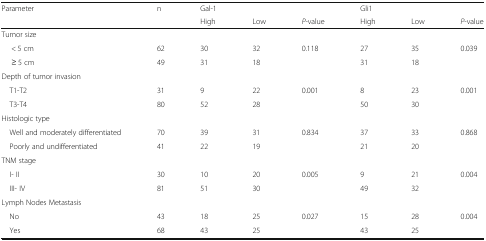
<table><thead><tr><td><b>Parameter</b></td><td><b>n</b></td><td><b>Gal-1</b></td><td></td><td></td><td><b>Gli1</b></td><td></td><td></td></tr><tr><td></td><td></td><td><b>High</b></td><td><b>Low</b></td><td><b><i>P</i>-value</b></td><td><b>High</b></td><td><b>Low</b></td><td><b><i>P</i>-value</b></td></tr></thead><tbody><tr><td colspan="8">Tumor size</td></tr><tr><td>&lt; 5 cm</td><td>62</td><td>30</td><td>32</td><td>0.118</td><td>27</td><td>35</td><td>0.039</td></tr><tr><td>≥ 5 cm</td><td>49</td><td>31</td><td>18</td><td></td><td>31</td><td>18</td><td></td></tr><tr><td colspan="8">Depth of tumor invasion</td></tr><tr><td> T1-T2</td><td>31</td><td>9</td><td>22</td><td>0.001</td><td>8</td><td>23</td><td>0.001</td></tr><tr><td> T3-T4</td><td>80</td><td>52</td><td>28</td><td></td><td>50</td><td>30</td><td></td></tr><tr><td colspan="8">Histologic type</td></tr><tr><td> Well and moderately differentiated</td><td>70</td><td>39</td><td>31</td><td>0.834</td><td>37</td><td>33</td><td>0.868</td></tr><tr><td> Poorly and undifferentiated</td><td>41</td><td>22</td><td>19</td><td></td><td>21</td><td>20</td><td></td></tr><tr><td colspan="8">TNM stage</td></tr><tr><td> I- II</td><td>30</td><td>10</td><td>20</td><td>0.005</td><td>9</td><td>21</td><td>0.004</td></tr><tr><td> III- IV</td><td>81</td><td>51</td><td>30</td><td></td><td>49</td><td>32</td><td></td></tr><tr><td colspan="8">Lymph Nodes Metastasis</td></tr><tr><td> No</td><td>43</td><td>18</td><td>25</td><td>0.027</td><td>15</td><td>28</td><td>0.004</td></tr><tr><td> Yes</td><td>68</td><td>43</td><td>25</td><td></td><td>43</td><td>25</td><td></td></tr></tbody></table>